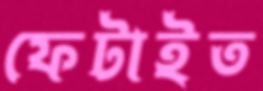
ফেটাইত